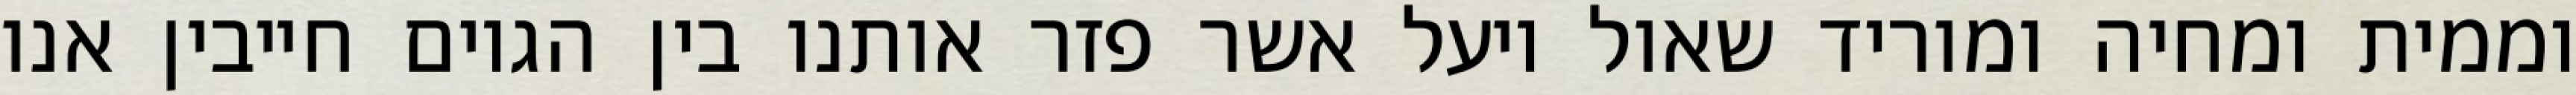
וממית ומחיה ומוריד שאול ויעל אשר פזר אותנו בין הגוים חייבין אנו